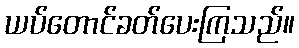
ယပ်တောင်ခတ်ပေးကြသည်။